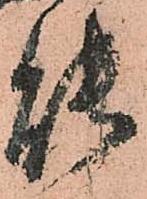
能